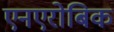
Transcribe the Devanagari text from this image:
एनएरोबिक